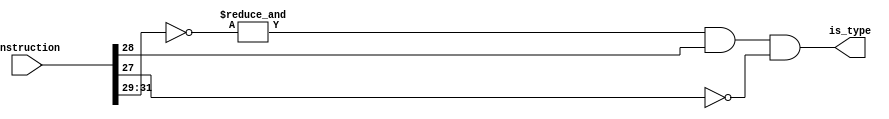
module bne(is_type, instruction);
    input [31:0] instruction;
    output is_type;

    // 00010
    assign is_type = &(~instruction[31:29]) && instruction[28] && !instruction[27];
endmodule